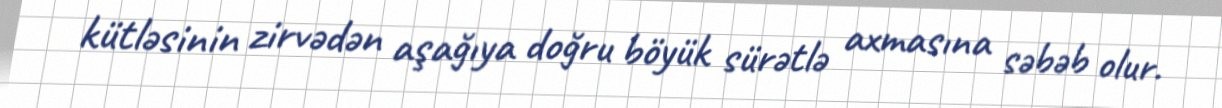
kütləsinin zirvədən aşağıya doğru böyük sürətlə axmasına səbəb olur.